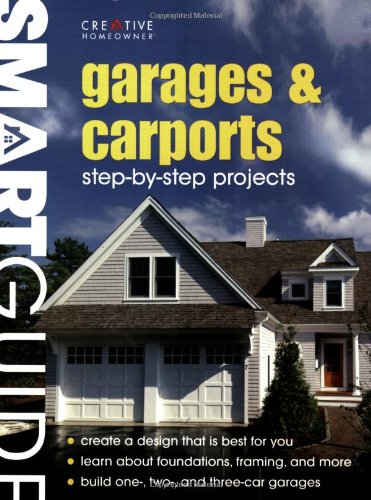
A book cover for Smart GuideÂ®: Garages & Carports (Smart Guide (Creative Homeowner)); Editors of Creative Homeowner; Crafts, Hobbies & Home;